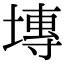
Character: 塼